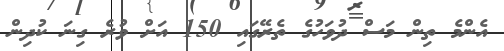
އެންމެ ތިން މަސް ދުވަހުގެ ތެރޭގައި 150 އަށް ވުރެ ގިނަ ކުދިން